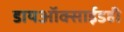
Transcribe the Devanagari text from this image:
डायऑक्साईडही